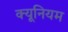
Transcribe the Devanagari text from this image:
क्यूनियम